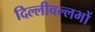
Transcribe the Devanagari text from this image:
दिल्लीवल्लभों